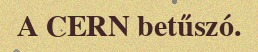
A CERN betűszó.